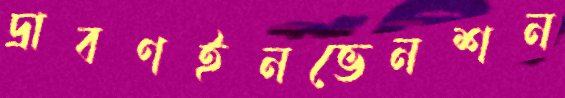
দ্রাবণইনভেনশন